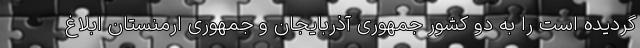
گردیده است را به دو کشور جمهوری آذربایجان و جمهوری ارمنستان ابلاغ